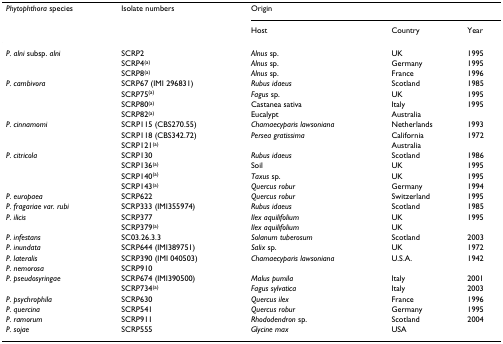
<table><thead><tr><td><b><i>Phytophthora </i>species</b></td><td><b>Isolate numbers</b></td><td colspan="3"><b>Origin</b></td></tr><tr><td></td><td></td><td><b>Host</b></td><td><b>Country</b></td><td><b>Year</b></td></tr></thead><tbody><tr><td><i>P. alni </i>subsp. <i>alni</i></td><td>SCRP2</td><td><i>Alnus </i>sp.</td><td>UK</td><td>1995</td></tr><tr><td></td><td>SCRP4<sup>(a)</sup></td><td><i>Alnus </i>sp.</td><td>Germany</td><td>1995</td></tr><tr><td></td><td>SCRP8<sup>(a)</sup></td><td><i>Alnus </i>sp.</td><td>France</td><td>1996</td></tr><tr><td><i>P. cambivora</i></td><td>SCRP67 (IMI 296831)</td><td><i>Rubus idaeus</i></td><td>Scotland</td><td>1985</td></tr><tr><td></td><td>SCRP75<sup>(a)</sup></td><td><i>Fagus </i>sp.</td><td>UK</td><td>1995</td></tr><tr><td></td><td>SCRP80<sup>(a)</sup></td><td>Castanea sativa</td><td>Italy</td><td>1995</td></tr><tr><td></td><td>SCRP82<sup>(a)</sup></td><td>Eucalypt</td><td>Australia</td><td></td></tr><tr><td><i>P. cinnamomi</i></td><td>SCRP115 (CBS270.55)</td><td><i>Chamaecyparis lawsoniana</i></td><td>Netherlands</td><td>1993</td></tr><tr><td></td><td>SCRP118 (CBS342.72)</td><td><i>Persea gratissima</i></td><td>California</td><td>1972</td></tr><tr><td></td><td>SCRP121<sup>(a)</sup></td><td></td><td>Australia</td><td></td></tr><tr><td><i>P. citricola</i></td><td>SCRP130</td><td><i>Rubus idaeus</i></td><td>Scotland</td><td>1986</td></tr><tr><td></td><td>SCRP136<sup>(a)</sup></td><td>Soil</td><td>UK</td><td>1995</td></tr><tr><td></td><td>SCRP140<sup>(a)</sup></td><td><i>Taxus </i>sp.</td><td>UK</td><td>1995</td></tr><tr><td></td><td>SCRP143<sup>(a)</sup></td><td><i>Quercus robur</i></td><td>Germany</td><td>1994</td></tr><tr><td><i>P. europaea</i></td><td>SCRP622</td><td><i>Quercus robur</i></td><td>Switzerland</td><td>1995</td></tr><tr><td><i>P. fragariae var. rubi</i></td><td>SCRP333 (IMI355974)</td><td><i>Rubus idaeus</i></td><td>Scotland</td><td>1985</td></tr><tr><td><i>P. ilicis</i></td><td>SCRP377</td><td><i>Ilex aquilifolium</i></td><td>UK</td><td>1995</td></tr><tr><td></td><td>SCRP379<sup>(a)</sup></td><td><i>Ilex aquilifolium</i></td><td>UK</td><td></td></tr><tr><td><i>P. infestans</i></td><td>SC03.26.3.3</td><td><i>Solanum tuberosum</i></td><td>Scotland</td><td>2003</td></tr><tr><td><i>P. inundata</i></td><td>SCRP644 (IMI389751)</td><td><i>Salix </i>sp.</td><td>UK</td><td>1972</td></tr><tr><td><i>P. lateralis</i></td><td>SCRP390 (IMI 040503)</td><td><i>Chamaecyparis lawsoniana</i></td><td>U.S.A.</td><td>1942</td></tr><tr><td><i>P. nemorosa</i></td><td>SCRP910</td><td></td><td></td><td></td></tr><tr><td><i>P. pseudosyringae</i></td><td>SCRP674 (IMI390500)</td><td><i>Malus pumila</i></td><td>Italy</td><td>2001</td></tr><tr><td></td><td>SCRP734<sup>(a)</sup></td><td><i>Fagus sylvatica</i></td><td>Italy</td><td>2003</td></tr><tr><td><i>P. psychrophila</i></td><td>SCRP630</td><td><i>Quercus ilex</i></td><td>France</td><td>1996</td></tr><tr><td><i>P. quercina</i></td><td>SCRP541</td><td><i>Quercus robur</i></td><td>Germany</td><td>1995</td></tr><tr><td><i>P. ramorum</i></td><td>SCRP911</td><td><i>Rhododendron </i>sp.</td><td>Scotland</td><td>2004</td></tr><tr><td><i>P. sojae</i></td><td>SCRP555</td><td><i>Glycine max</i></td><td>USA</td><td></td></tr></tbody></table>